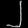
Digit: ၂